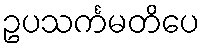
ဥပသင်္ကမတိပေ